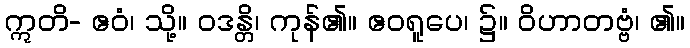
ဣတိ- ဧဝံ၊ သို့။ ဝဒန္တိ၊ ကုန်၏။ ဧဝရူပေ၊ ၌။ ဝိဟာတဗ္ဗံ၊ ၏။